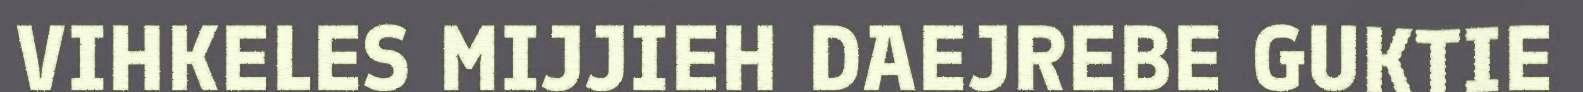
VIHKELES MIJJIEH DAEJREBE GUKTIE